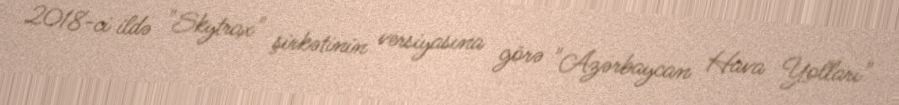
2018-ci ildə "Skytrax" şirkətinin versiyasına görə "Azərbaycan Hava Yolları"